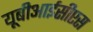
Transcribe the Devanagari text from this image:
यूबीआईसीएस